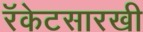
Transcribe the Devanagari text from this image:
रॅकेटसारखी